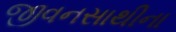
જીવનસાથીના